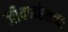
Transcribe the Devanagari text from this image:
जीवनहेतव्वः